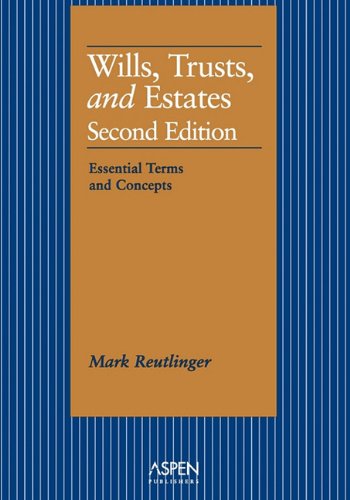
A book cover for Wills, Trusts, and Estates: Essential Terms and Concepts, Second Edition (Essentials for Law Students Series); Mark Reutlinger; Law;